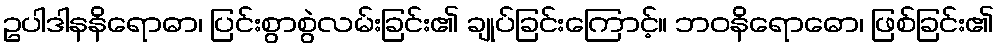
ဥပါဒါနနိရောဓာ၊ ပြင်းစွာစွဲလမ်းခြင်း၏ ချုပ်ခြင်းကြောင့်။ ဘဝနိရောဓော၊ ဖြစ်ခြင်း၏